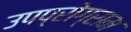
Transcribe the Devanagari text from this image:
उपप्रोग्राम